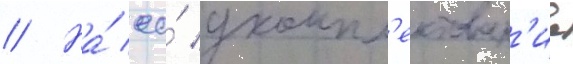
// На́ ео́ укомпл'ектован'ие